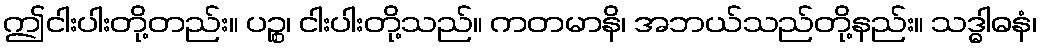
ဤငါးပါးတို့တည်း။ ပဉ္စ၊ ငါးပါးတို့သည်။ ကတမာနိ၊ အဘယ်သည်တို့နည်း။ သဒ္ဓါဓနံ၊